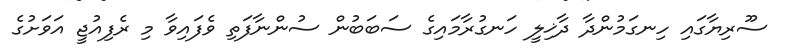
ސޫރިޔާގައި ހިނގަމުންދާ ދާޚިލީ ހަނގުރާމައިގެ ސަބަބުން ސުންނާފަތި ވެފައިވާ މި ރެފިއުޖީ އަވަށުގެ